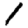
Digit: 1